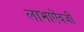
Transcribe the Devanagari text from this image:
लाभाऎवजी